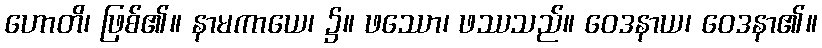
ဟောတိ၊ ဖြစ်၏။ နာမကာယေ၊ ၌။ ဖဿော၊ ဖဿသည်။ ဝေဒနာယ၊ ဝေဒနာ၏။